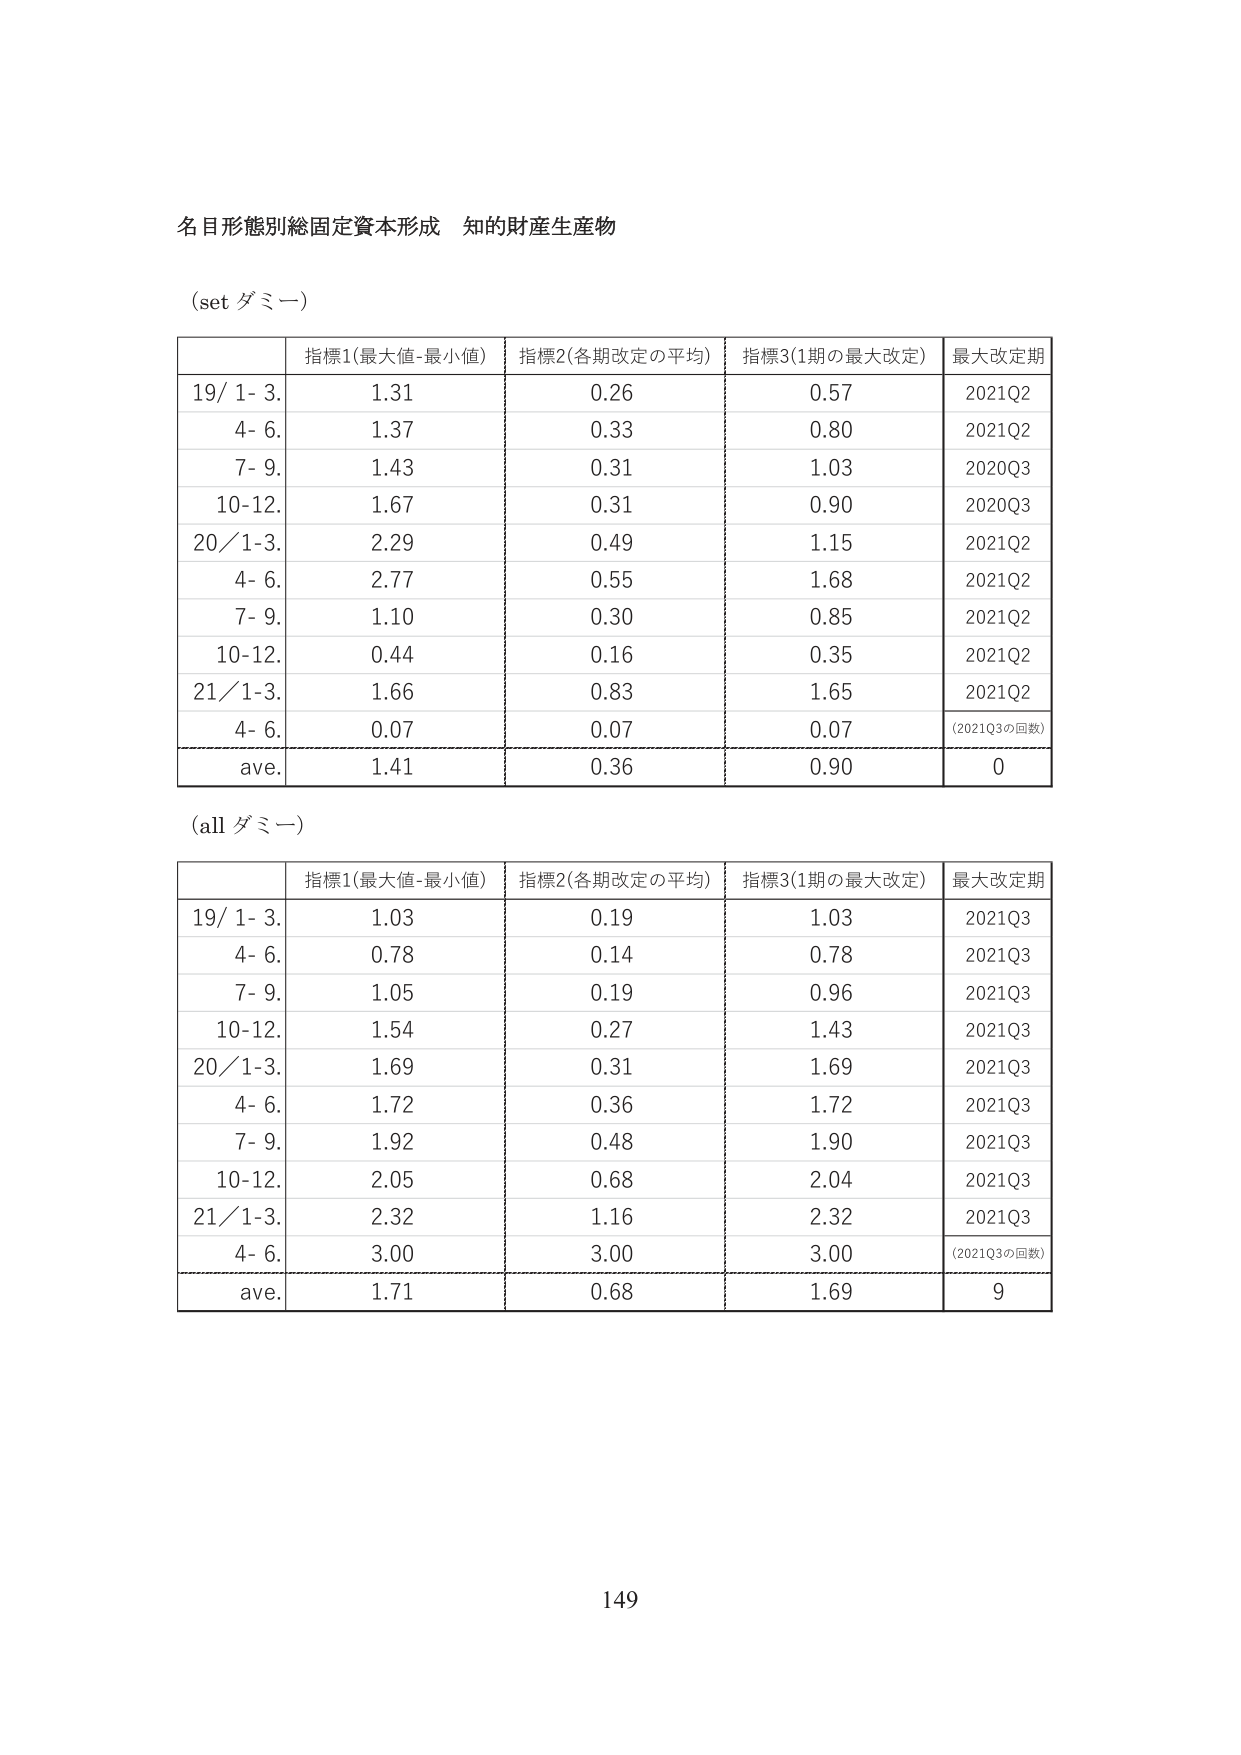
名目形態別総固定資本形成 知的財産生産物

(set ダミー)

| | 指標1(最大値-最小値) | 指標2(各期改定の平均) | 指標3(1期の最大改定) | 最大改定期 |
|---|---|---|---|---|
| 19/ 1- 3. | 1.31 | 0.26 | 0.57 | 2021Q2 |
| 4- 6. | 1.37 | 0.33 | 0.80 | 2021Q2 |
| 7- 9. | 1.43 | 0.31 | 1.03 | 2020Q3 |
| 10-12. | 1.67 | 0.31 | 0.90 | 2020Q3 |
| 20/ 1-3. | 2.29 | 0.49 | 1.15 | 2021Q2 |
| 4- 6. | 2.77 | 0.55 | 1.68 | 2021Q2 |
| 7- 9. | 1.10 | 0.30 | 0.85 | 2021Q2 |
| 10-12. | 0.44 | 0.16 | 0.35 | 2021Q2 |
| 21/ 1-3. | 1.66 | 0.83 | 1.65 | 2021Q2 |
| 4- 6. | 0.07 | 0.07 | 0.07 | (2021Q3の回数) |
| ave. | 1.41 | 0.36 | 0.90 | 0 |

(all ダミー)

| | 指標1(最大値-最小値) | 指標2(各期改定の平均) | 指標3(1期の最大改定) | 最大改定期 |
|---|---|---|---|---|
| 19/ 1- 3. | 1.03 | 0.19 | 1.03 | 2021Q3 |
| 4- 6. | 0.78 | 0.14 | 0.78 | 2021Q3 |
| 7- 9. | 1.05 | 0.19 | 0.96 | 2021Q3 |
| 10-12. | 1.54 | 0.27 | 1.43 | 2021Q3 |
| 20/ 1-3. | 1.69 | 0.31 | 1.69 | 2021Q3 |
| 4- 6. | 1.72 | 0.36 | 1.72 | 2021Q3 |
| 7- 9. | 1.92 | 0.48 | 1.90 | 2021Q3 |
| 10-12. | 2.05 | 0.68 | 2.04 | 2021Q3 |
| 21/ 1-3. | 2.32 | 1.16 | 2.32 | 2021Q3 |
| 4- 6. | 3.00 | 3.00 | 3.00 | (2021Q3の回数) |
| ave. | 1.71 | 0.68 | 1.69 | 9 |

149